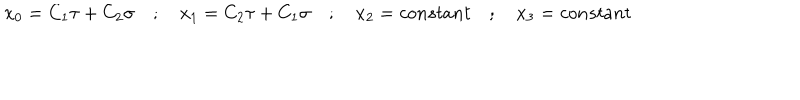
LaTeX: x _ { 0 } = C _ { 1 } \tau + C _ { 2 } \sigma \quad ; \quad x _ { 1 } = C _ { 2 } \tau + C _ { 1 } \sigma \quad ; \quad x _ { 2 } = c o n s t a n t \quad ; \quad x _ { 3 } = c o n s t a n t